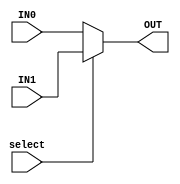
`timescale 1ns / 1ps
//////////////////////////////////////////////////////////////////////////////////
// Company: 
// 
// Design Name: 
// Module Name:    Multiplexer2 
// Project Name: 
// Target Devices: 
// Tool versions: 
// Description: 
//
// Dependencies: 
//
// Revision: 
// Revision 0.01 - File Created
// Additional Comments: 
//
//////////////////////////////////////////////////////////////////////////////////
module Multiplexer2(//MUX2 #(32)
	input select,
	input [31:0] IN0,
	input [31:0] IN1,
	
	output [31:0] OUT
    );

	assign OUT=(select==1)?IN1:IN0;


endmodule